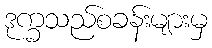
ဒုက္ခသည်စခန်းများမှ